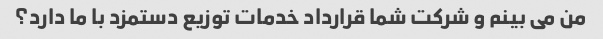
من می بینم و شرکت شما قرارداد خدمات توزیع دستمزد با ما دارد؟